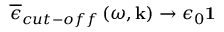
\overline { { \epsilon } } _ { c u t - o f f } \left( \omega , \mathbf { k } \right) \rightarrow \epsilon _ { 0 } \mathbf { 1 }